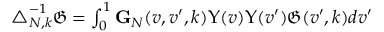
\begin{array} { r } { \triangle _ { N , k } ^ { - 1 } \mathfrak { G } = \int _ { 0 } ^ { 1 } \mathbf { G } _ { N } ( v , v ^ { \prime } , k ) \Upsilon ( v ) \Upsilon ( v ^ { \prime } ) \mathfrak { G } ( v ^ { \prime } , k ) d v ^ { \prime } } \end{array}